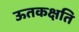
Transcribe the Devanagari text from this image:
ऊतकक्षति